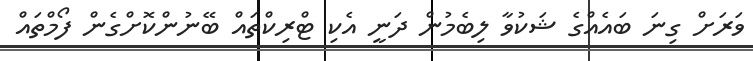
ވަރަށް ގިނަ ބައެއްގެ ޝަކުވާ ލިބެމުން ދަނީ އެކި ޓްރިކްތައް ބޭނުންކޮށްގެން ފޯމްތައް